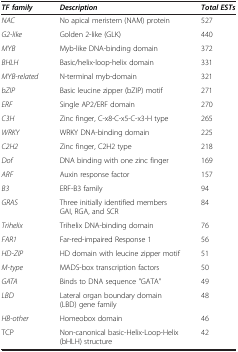
<table><thead><tr><td><b><i>TF family</i></b></td><td><b><i>Description</i></b></td><td><b><i>Total ESTs</i></b></td></tr></thead><tbody><tr><td><i>NAC</i></td><td>No apical meristem (NAM) protein</td><td>527</td></tr><tr><td><i>G2-like</i></td><td>Golden 2-like (GLK)</td><td>440</td></tr><tr><td><i>MYB</i></td><td>Myb-like DNA-binding domain</td><td>372</td></tr><tr><td><i>BHLH</i></td><td>Basic/helix-loop-helix domain</td><td>331</td></tr><tr><td><i>MYB-related</i></td><td>N-terminal myb-domain</td><td>321</td></tr><tr><td><i>bZIP</i></td><td>Basic leucine zipper (bZIP) motif</td><td>271</td></tr><tr><td><i>ERF</i></td><td>Single AP2/ERF domain</td><td>270</td></tr><tr><td><i>C3H</i></td><td>Zinc finger, C-x8-C-x5-C-x3-H type</td><td>265</td></tr><tr><td><i>WRKY</i></td><td>WRKY DNA-binding domain</td><td>225</td></tr><tr><td><i>C2H2</i></td><td>Zinc finger, C2H2 type</td><td>218</td></tr><tr><td><i>Dof</i></td><td>DNA binding with one zinc finger</td><td>169</td></tr><tr><td><i>ARF</i></td><td>Auxin response factor</td><td>157</td></tr><tr><td><i>B3</i></td><td>ERF-B3 family</td><td>94</td></tr><tr><td><i>GRAS</i></td><td>Three initially identified members GAI, RGA, and SCR</td><td>84</td></tr><tr><td><i>Trihelix</i></td><td>Trihelix DNA-binding domain</td><td>76</td></tr><tr><td><i>FAR1</i></td><td>Far-red-impaired Response 1</td><td>56</td></tr><tr><td><i>HD-ZIP</i></td><td>HD domain with leucine zipper motif</td><td>51</td></tr><tr><td><i>M-type</i></td><td>MADS-box transcription factors</td><td>50</td></tr><tr><td><i>GATA</i></td><td>Binds to DNA sequence &quot;GATA&quot;</td><td>49</td></tr><tr><td><i>LBD</i></td><td>Lateral organ boundary domain (LBD) gene family</td><td>48</td></tr><tr><td><i>HB-other</i></td><td>Homeobox domain</td><td>46</td></tr><tr><td>TCP</td><td>Non-canonical basic-Helix-Loop-Helix (bHLH) structure</td><td>42</td></tr></tbody></table>